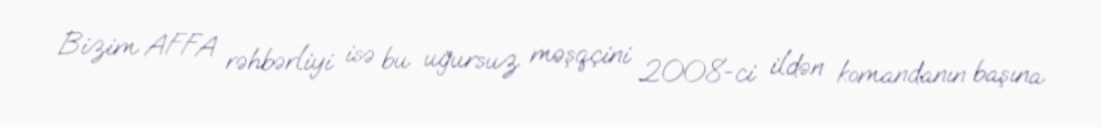
Bizim AFFA rəhbərliyi isə bu uğursuz məşqçini 2008-ci ildən komandanın başına